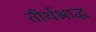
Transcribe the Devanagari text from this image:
तीर्थश्राद्ध